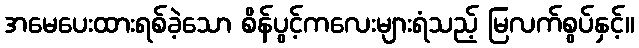
အမေပေးထားရစ်ခဲ့သော စိန်ပွင့်ကလေးများရံသည့် မြလက်စွပ်နှင့်။